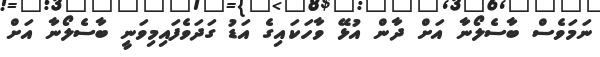
ނަމަވެސް ބާސެލޯނާ އަށް ދާން އުޅޭ ވާހަކައިގެ އަޑު ގަދަވެފައިމިވަނީ ބާސެލޯނާ އަށް